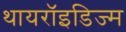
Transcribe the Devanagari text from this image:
थायरॉइडिज्म